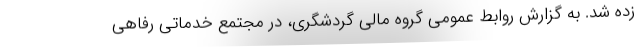
زده شد. به گزارش روابط عمومی گروه مالی گردشگری، در مجتمع خدماتی رفاهی